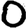
Digit: 0